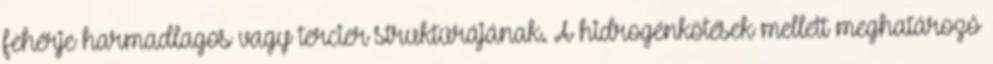
fehérje harmadlagos vagy tercier struktúrájának. A hidrogénkötések mellett meghatározó